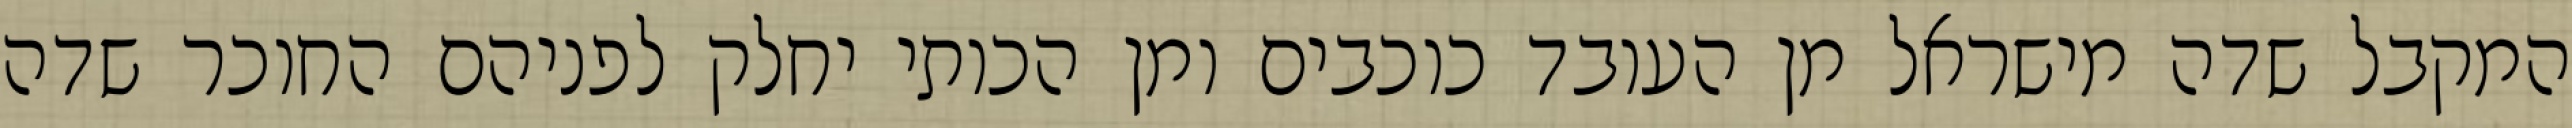
המקבל שדה מישראל מן העובד כוכבים ומן הכותי יחלק לפניהם החוכר שדה